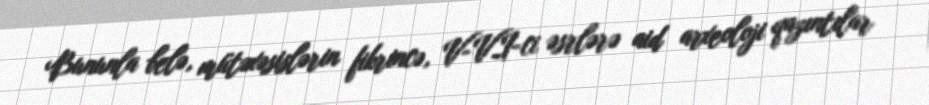
Bununla belə, mütəxəsislərin fikrincə, V-VI-ci əsrlərə aid arxeoloji qazıntılar